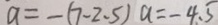
a = - ( 7 - 2 . 5 ) a = - 4 . 5